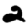
Digit: 2